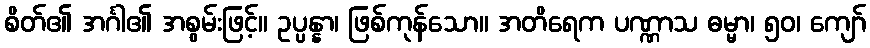
စိတ်၏ အင်္ဂါ၏ အစွမ်းဖြင့်။ ဥပ္ပန္နာ၊ ဖြစ်ကုန်သော။ အတိရေက ပဏ္ဏာသ ဓမ္မာ၊ ၅၀၊ ကျော်